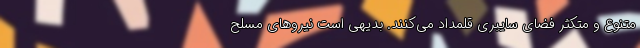
متنوع و متکثر فضای سایبری قلمداد می‌کنند. بدیهی است نیروهای مسلح